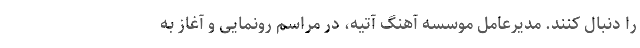
را دنبال کنند. مدیرعامل موسسه آهنگ آتیه، در مراسم رونمایی و آغاز به